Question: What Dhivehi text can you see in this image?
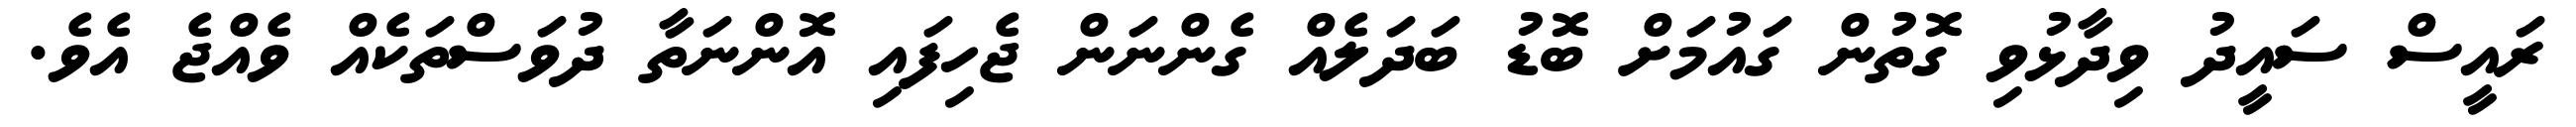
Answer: ރައީސް ސައީދު ވިދާޅުވި ގޮތުން ގައުމަށް ބޮޑު ބަދަލެއް ގެންނަން ޖެހިފައި އޮންނަތާ ދުވަސްތަކެއް ވެއްޖެ އެވެ.